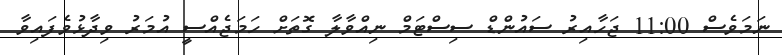
ނަމަވެސް 11:00 ޖަހާއިރު ސައުންޑް ސިސްޓަމް ނިއްވާލާ ގޮތަށް ހަމަޖެއްސީ އުމަރު ވިދާޅުވެފައިވާ